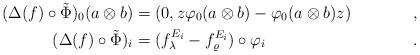
LaTeX: \begin{align*}(\Delta(f) \circ \tilde{\Phi})_0(a \otimes b) &= (0,z \varphi_0(a \otimes b) - \varphi_0(a \otimes b) z) && ,\\(\Delta(f) \circ \tilde{\Phi})_i &= (f_\lambda^{E_{i}} - f_\varrho^{E_i}) \circ \varphi_i && .\end{align*}